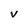
Character: V